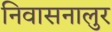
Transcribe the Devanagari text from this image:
निवासनालुर